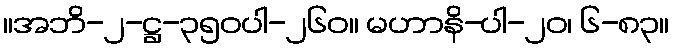
။အဘိ-၂-ဋ္ဌ-၃၅၀ပါ-၂၆၀။ မဟာနိ-ပါ-၂၀၊ ၆-၈၃။